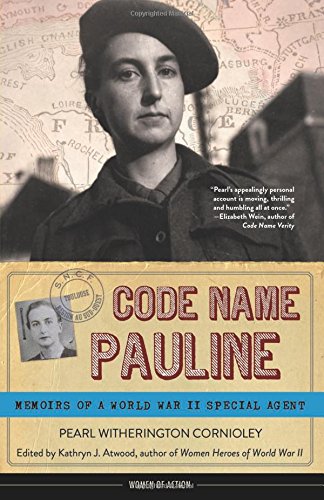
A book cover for Code Name Pauline: Memoirs of a World War II Special Agent (Women of Action); Pearl Witherington Cornioley; Teen & Young Adult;